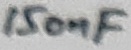
Text: 150nF